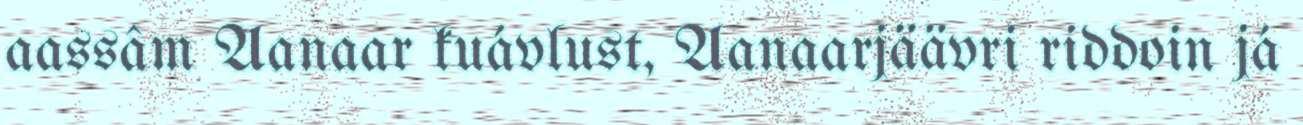
aassâm Aanaar kuávlust, Aanaarjäävri riddoin já